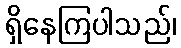
ရှိနေကြပါသည်၊